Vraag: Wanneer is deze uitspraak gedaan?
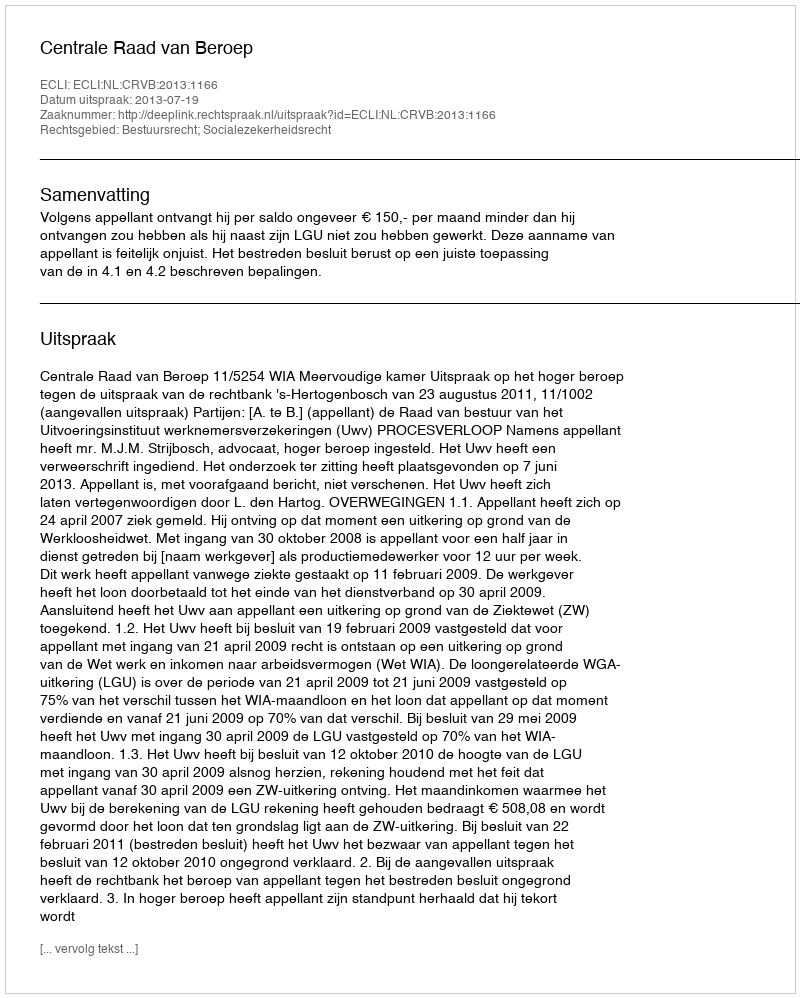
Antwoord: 2013-07-19